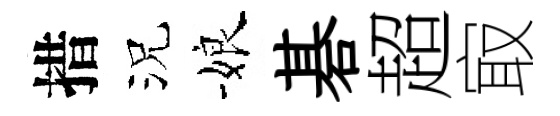
措況娘碁超㝡